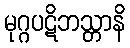
မုဂ္ဂပဋိဘသ္တာနိ